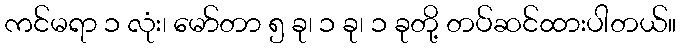
ကင်မရာ ၁ လုံး၊ မော်တာ ၅ ခု၊ ၁ ခု၊ ၁ ခုတို့ တပ်ဆင်ထားပါတယ်။